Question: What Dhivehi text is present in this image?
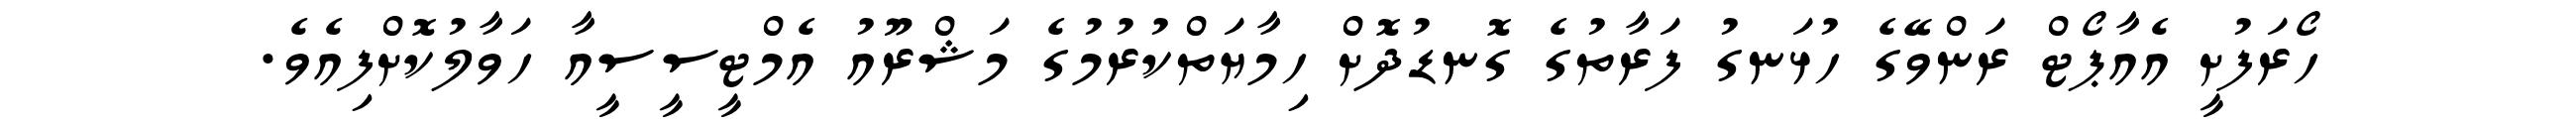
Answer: ހޯރަފުށީ އެއާޕޯޓް ރަންވޭގެ ހުޅަނގު ފަރާތުގެ ގޮނޑުދޮށް ހިމާޔަތްކުރުމުގެ މަޝްރޫއު އެމްޓީސީސީއާ ހަވާލުކޮށްފިއެވެ.